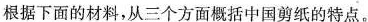
根据下面的材料，从三个方面概括中国剪纸的特点。